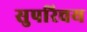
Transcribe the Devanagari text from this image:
सुपरिचय